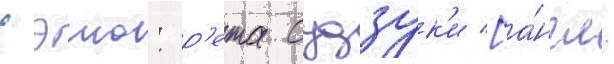
Сэию: р'ета судзук'и [а́нгл.